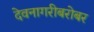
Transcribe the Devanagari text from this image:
देवनागरीबरोबर